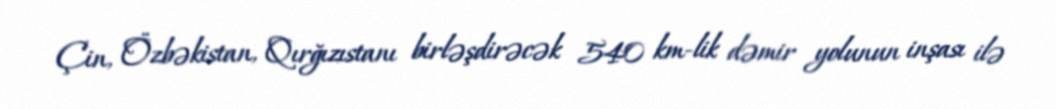
Çin, Özbəkistan, Qırğızıstanı birləşdirəcək 540 km-lik dəmir yolunun inşası ilə